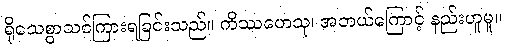
ရိုသေစွာသင်ကြားရခြင်းသည်။ ကိဿဟေသု၊ အဘယ်ကြောင့် နည်းဟူမူ။